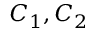
C _ { 1 } , C _ { 2 }